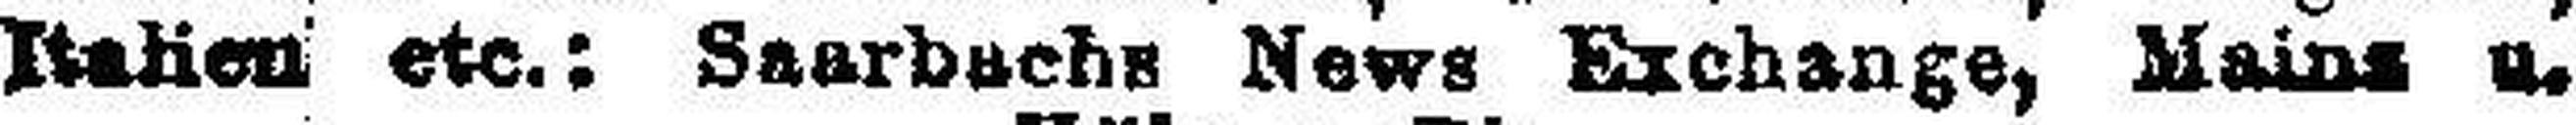
Italien etc.: Saarbachs News Exchange, Mains u.